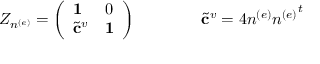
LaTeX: Z _ { n ^ { ( e ) } } = \left( \begin{array} { l l } { { { \bf 1 } } } & { { 0 } } \\ { { { { \tilde { \bf c } } ^ { v } } } } & { { { \bf 1 } } } \end{array} \right) \qquad \qquad { \tilde { \bf c } } ^ { v } = 4 n ^ { ( e ) } { n ^ { ( e ) } } ^ { t }